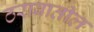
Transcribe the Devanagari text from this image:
ठरावातील